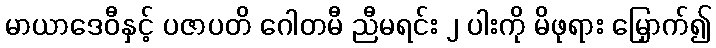
မာယာဒေဝီနှင့် ပဇာပတိ ဂေါတမီ ညီမရင်း ၂ ပါးကို မိဖုရား မြှောက်၍